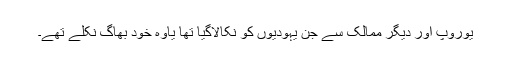
یوروپ اور دیگر ممالک سے جن یہودیوں کو نکالاگیا تھا یاوہ خود بھاگ نکلے تھے۔